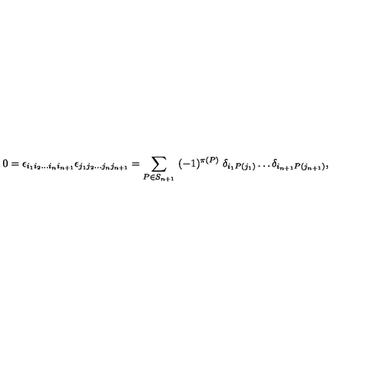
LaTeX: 0 = \epsilon _ { i _ { 1 } i _ { 2 } \dots i _ { n } i _ { n + 1 } } \epsilon _ { j _ { 1 } j _ { 2 } \dots j _ { n } j _ { n + 1 } } = \sum _ { P \in S _ { n + 1 } } \ ( - 1 ) ^ { \pi ( P ) } \ \delta _ { i _ { 1 } P ( j _ { 1 } ) } \dots \delta _ { i _ { n + 1 } P ( j _ { n + 1 } ) } ,